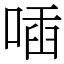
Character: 喢